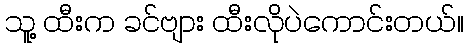
သူ့ ထီးက ခင်ဗျား ထီးလိုပဲကောင်းတယ်။